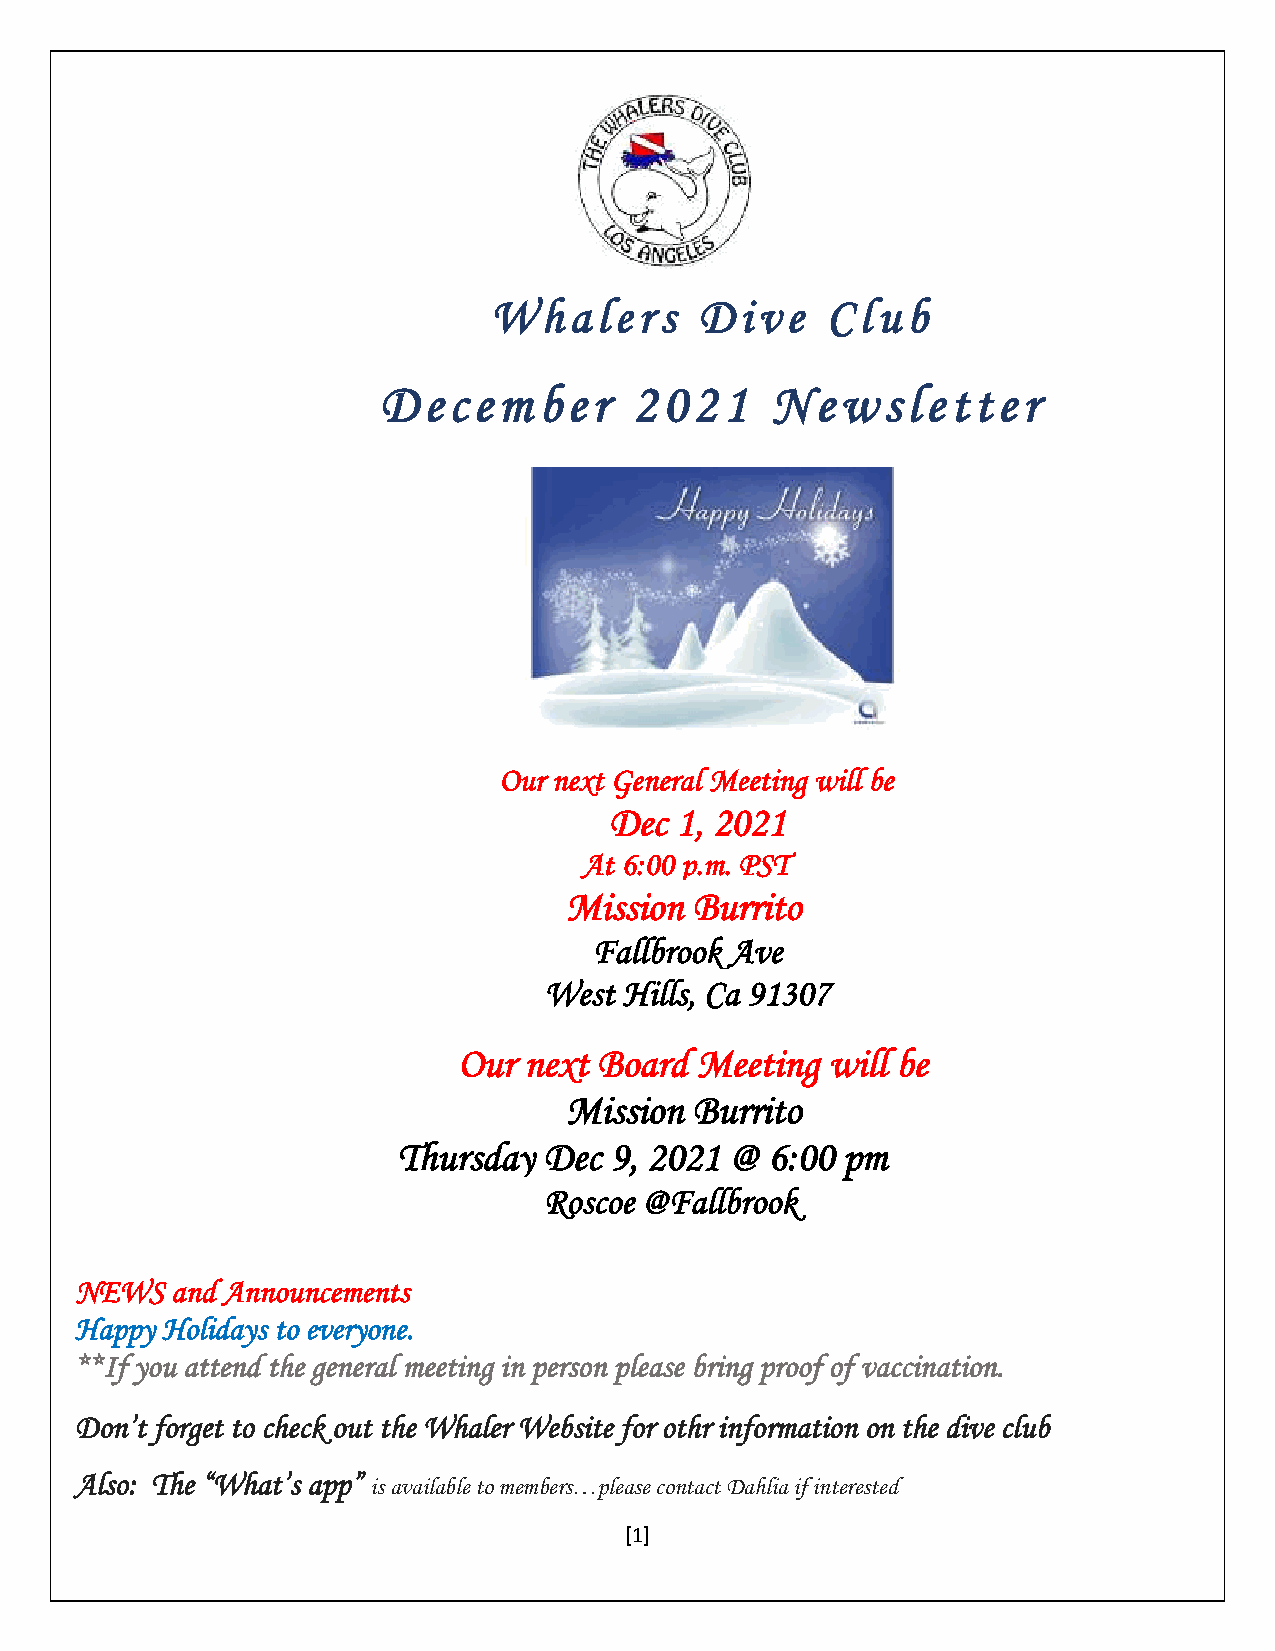
Whaler      s Dive     Cl ub
 Decem      ber   2 02  1  Newsle      tter
 Our next General Meeting will be
 Dec  1, 2021
 At 6:00 p.m. PST
 Mission  Burrito
 Fallbrook Ave
 West Hills, Ca 91307
 Our  next Board Meeting  will be
 Mission  Burrito
 Thursday  Dec 9, 2021 @  6:00 pm
 Roscoe @Fallbrook
 NEWS  and Announcements
 Happy Holidays to everyone.
 **If you attend the general meeting in person please bring proof of vaccination.
 Don’t forget to check out the Whaler Website for othr information on the dive club
 Also: The “What’s app” is available to members…please contact Dahlia if interested
 [1]